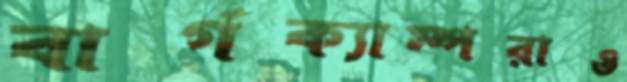
বার্গক্যাম্পরাও